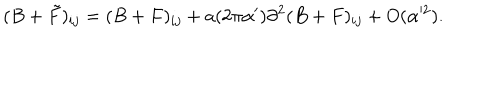
( B + \tilde { F } ) _ { i j } = ( B + F ) _ { i j } + a ( 2 \pi \alpha ^ { \prime } ) \partial ^ { 2 } ( B + F ) _ { i j } + O ( \alpha ^ { 2 } ) .